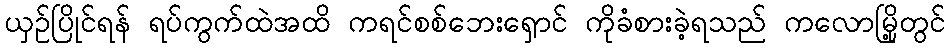
ယှဉ်ပြိုင်ရန် ရပ်ကွက်ထဲအထိ ကရင်စစ်ဘေးရှောင် ကိုခံစားခဲ့ရသည် ကလောမြို့တွင်